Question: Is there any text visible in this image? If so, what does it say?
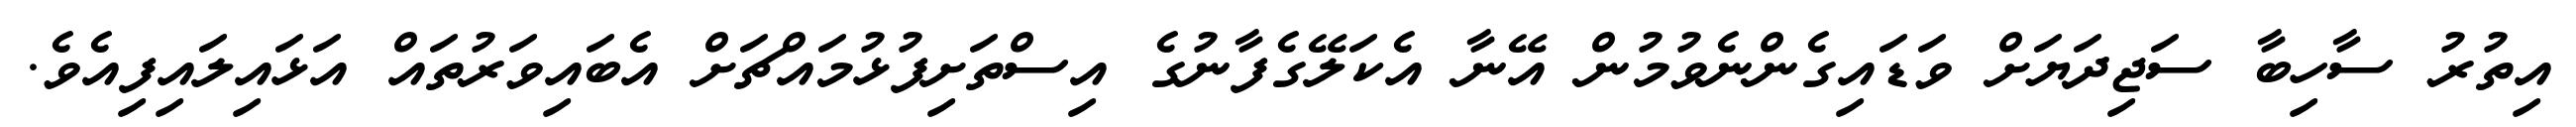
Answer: އިތުރު ސާހިބާ ސަޖިދަޔަށް ވަޑައިގެންނެވުމުން އޭނާ އެކަލޭގެފާނުގެ އިސްތަށިފުޅުމައްޗަށް އެބައިވަރުތައް އަޅައިލައިފިއެވެ.